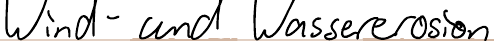
Wind- und Wassererosion